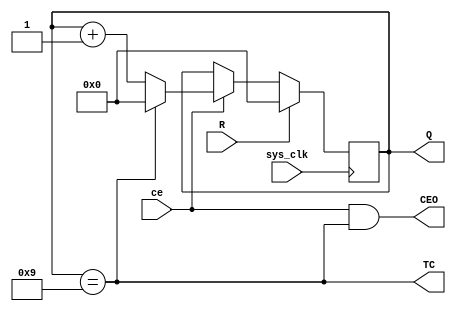
module VCD4RE(ce, Q, sys_clk, TC, R, CEO);

input ce;
output reg [3:0] Q = 0;
input sys_clk;
output wire TC;
input R;
output wire CEO;

assign TC = (Q == 9);
assign CEO = ce & TC;

always @(posedge sys_clk)
begin
        Q <= R ? 0 : ce ? TC ? 0 : Q + 1 : Q;
end

endmodule